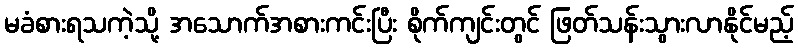
မခံစားရသကဲ့သို့ အသောက်အစားကင်းပြီး စိုက်ကျင်းတွင် ဖြတ်သန်းသွားလာနိုင်မည့်